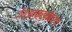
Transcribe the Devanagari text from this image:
जैवअवक्रमीकरण